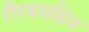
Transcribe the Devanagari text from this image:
रौरवसहित